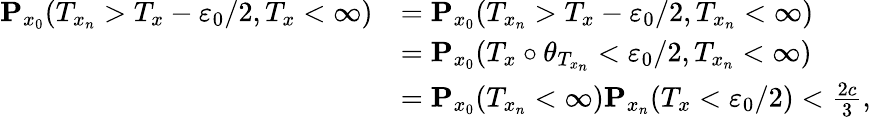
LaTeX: \begin{array}{rl}{\mathbf{P}_{x_{0}}(T_{x_{n}}>T_{x}-\varepsilon_{0}/2,T_{x}<\infty)}&{=\mathbf{P}_{x_{0}}(T_{x_{n}}>T_{x}-\varepsilon_{0}/2,T_{x_{n}}<\infty)}\\ &{=\mathbf{P}_{x_{0}}(T_{x}\circ\theta_{T_{x_{n}}}<\varepsilon_{0}/2,T_{x_{n}}<\infty)}\\ &{=\mathbf{P}_{x_{0}}(T_{x_{n}}<\infty)\mathbf{P}_{x_{n}}(T_{x}<\varepsilon_{0}/2)<\frac{2c}{3},}\end{array}